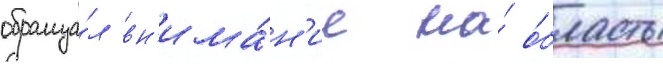
обраща́л вн'има́н'ие на́ о́бласть